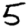
Digit: 5